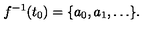
f ^ { - 1 } ( t _ { 0 } ) = \{ a _ { 0 } , a _ { 1 } , \dots \} .